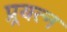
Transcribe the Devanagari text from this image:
प्र्रयत्न